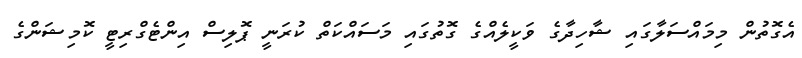
އެގޮތުން މިމައްސަލާގައި ޝާހިދާގެ ވަކީލެއްގެ ގޮތުގައި މަސައްކަތް ކުރަނީ ޕޮލިސް އިންޓެގްރިޓީ ކޮމިޝަންގެ